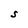
Character: S